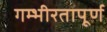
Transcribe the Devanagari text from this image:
गम्भीरतापूर्ण